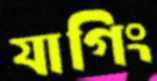
যাগিং